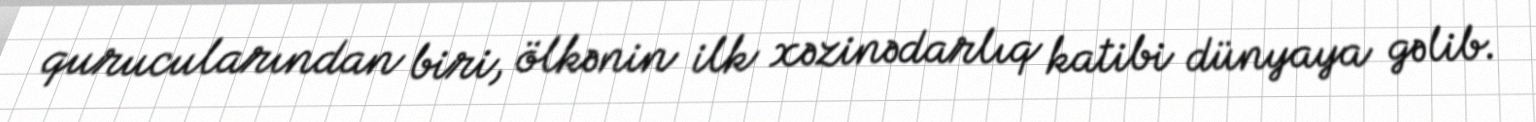
qurucularından biri, ölkənin ilk xəzinədarlıq katibi dünyaya gəlib.